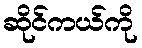
ဆိုင်ကယ်ကို